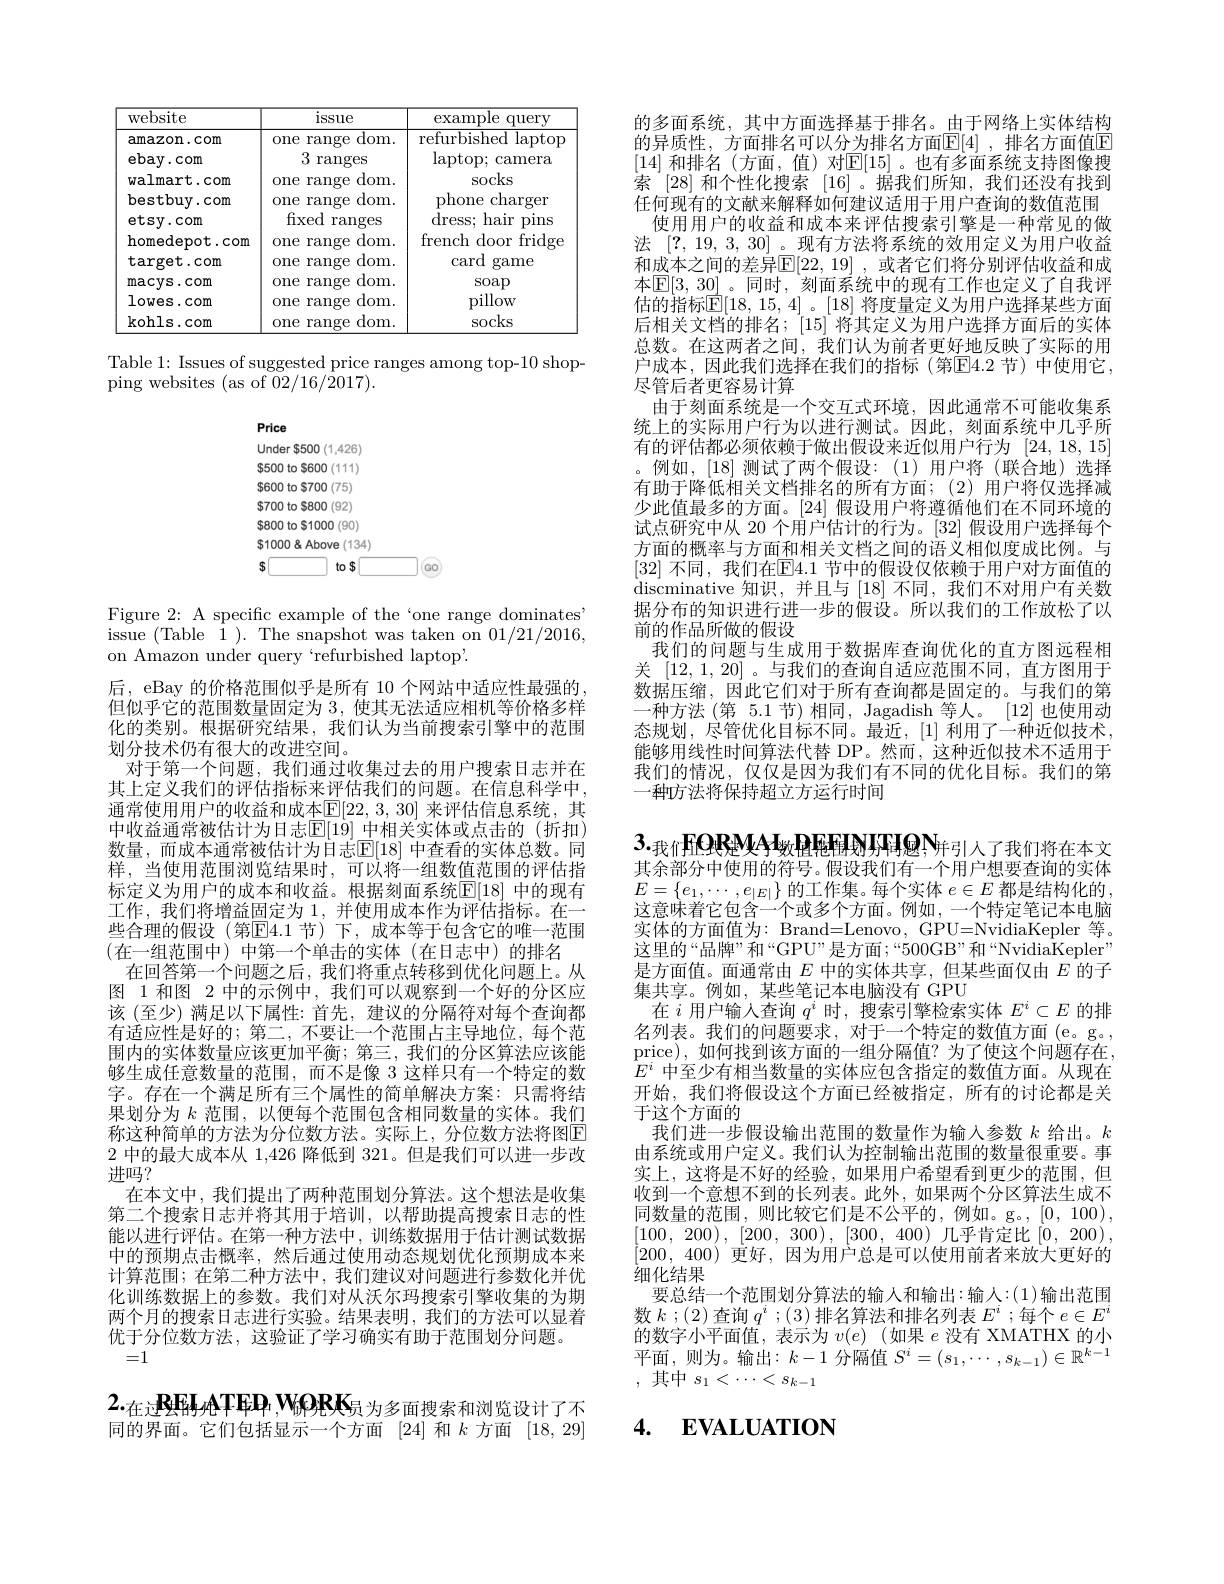
<table>
	<tbody>
		<tr>
			<th>website</th>
			<th>$\operatorname{issue}$</th>
			<th>example query</th>
		</tr>
		<tr>
			<td>amazon.com</td>
			<td>${\mathrm{~range}}$ dom. one</td>
			<td>$\overline{{\mathrm{refurbished~laptop}}}$</td>
		</tr>
		<tr>
			<td>ebay. com</td>
			<td>3 ranges</td>
			<td>$\operatorname{laptop};$ camera</td>
		</tr>
		<tr>
			<td>walmart.com</td>
			<td>${\mathrm{range}}$ $\operatorname{dom}.$ one</td>
			<td>socks</td>
		</tr>
		<tr>
			<td>bestbuy.com $\mathsf{etsy}.\mathsf{com}$</td>
			<td>one range dom. fixed ranges</td>
			<td>phone ${\mathrm{~charger}}$ T dress; hair pins</td>
		</tr>
		<tr>
			<td>homedepot.com</td>
			<td>${\mathrm{range}}$ $\operatorname{dom}.$ one</td>
			<td>french door fridge</td>
		</tr>
		<tr>
			<td>$\operatorname{target}.\operatorname{com}$</td>
			<td>one range dom. </td>
			<td>card game</td>
		</tr>
		<tr>
			<td>macys.com</td>
			<td>$0ne$ range dom. </td>
			<td>SOap</td>
		</tr>
		<tr>
			<td>lowes. com</td>
			<td>$0ne$ range dom. </td>
			<td>pillow</td>
		</tr>
		<tr>
			<td>kohls.com</td>
			<td>range dom. one</td>
			<td>socks</td>
		</tr>
	</tbody>
</table>

Table 1: Issues of suggested price ranges among top-10 shop-
ping websites (as of 02/16/2017).

<FigureHere>

Figure 2: A specific example of the‘one range dominates” $\bar{\text{issue }(\text{Table}\:\bar{1}).\text{ The snapshot was taken on }01/21/2016,}$ on Amazon under query`refurbished laptop'.

后，eBay 的价格范围似乎是所有 10 个网站中适应性最强的， 但似乎它的范围数量固定为 3, 使其无法适应相机等价格多样化的类别。根据研究结果，我们认为当前搜索引擎中的范围划分技术仍有很大的改进空间。
对于第一个问题，我们通过收集过去的用户搜索日志并在其上定义我们的评估指标来评估我们的问题。在信息科学中， 通常使用用户的收益和成本$\mathbb{E}[22,3,30]$ 来评估信息系统，其中收益通常被估计为日志$\mathbb{E}[1\dot{9}]$ 中相关实体或点击的 (折扣) 数量，而成本通常被估计为日志$\mathbb{E}[18]$ 中查看的实体总数。同样，当使用范围浏览结果时，可以将一组数值范围的评估指标定义为用户的成本和收益。根据刻面系统$\mathbb{E}[18]$ 中的现有工作，我们将增益固定为1，并使用成本作为评估指标。在一些合理的假设(第$\overline{\mathrm{E}}4.1$ 节)下，成本等于包含它的唯一范围(在一组范围中)中第一个单击的实体(在日志中)的排名
在回答第一个问题之后，我们将重点转移到优化问题上。从图 1 和图 2 中的示例中，我们可以观察到一个好的分区应该 (至少) 满足以下属性：首先，建议的分隔符对每个查询都有适应性是好的；第二，不要让一个范围占主导地位，每个范围内的实体数量应该更加平衡；第三，我们的分区算法应该能够生成任意数量的范围，而不是像 3 这样只有一个特定的数字。存在一个满足所有三个属性的简单解决方案：只需将结果划分为$k$范围，以便每个范围包含相同数量的实体。我们称这种简单的方法为分位数方法。实际上，分位数方法将图E 2中的最大成本从 1,426 降低到 321。但是我们可以进一步改进吗？
在本文中，我们提出了两种范围划分算法。这个想法是收集第二个搜索日志并将其用于培训，以帮助提高搜索日志的性能以进行评估。在第一种方法中，训练数据用于估计测试数据中的预期点击概率，然后通过使用动态规划优化预期成本来计算范围；在第二种方法中，我们建议对问题进行参数化并优化训练数据上的参数。我们对从沃尔玛搜索引擎收集的为期两个月的搜索日志进行实验。结果表明，我们的方法可以显着优于分位数方法，这验证了学习确实有助于范围划分问题。
=1

$2._\text{在过}{\mathrm{RE}}_{\mathrm{H}\text{ATED,WORK}_\text{员为多面搜索和浏览设计了不}}$ 同的界面。它们包括显示一个方面[24]和$k$方面[18,29]

的多面系统，其中方面选择基于排名。由于网络上实体结构的异质性，方面排名可以分为排名方面$\mathbb{E}[4]$ ,排名方面值E [14] 和排名(方面，值)对$\mathbb{E}[15]$。也有多面系统支持图像搜索 [28] 和个性化搜索 [16] 。据我们所知，我们还没有找到任何现有的文献来解释如何建议适用于用户查询的数值范围使用用户的收益和成本来评估搜索引擎是一种常见的做
法[?,19,3,30] 。现有方法将系统的效用定义为用户收益和成本之间的差异$\mathbb{E}[22,19]$ ,或者它们将分别评估收益和成本$\mathbb{E}[3,30]$。同时，刻面系统中的现有工作也定义了自我评估的指标$\mathbb{E}[18,15,4]$ 。[18] 将度量定义为用户选择某些方面后相关文档的排名；[15] 将其定义为用户选择方面后的实体总数。在这两者之间，我们认为前者更好地反映了实际的用户成本，因此我们选择在我们的指标(第$\overline{\mathrm{E}}4.2$ 节)中使用它， 尽管后者更容易计算
由于刻面系统是一个交互式环境，因此通常不可能收集系统上的实际用户行为以进行测试。因此，刻面系统中几乎所有的评估都必须依赖于做出假设来近似用户行为[24,18,15]
例如，[18]测试了两个假设：(1)用户将(联合地)选择有助于降低相关文档排名的所有方面；(2)用户将仅选择减少此值最多的方面。[24] 假设用户将遵循他们在不同环境的试点研究中从 20 个用户估计的行为。[32] 假设用户选择每个方面的概率与方面和相关文档之间的语义相似度成比例。与[32] 不同，我们在$\underline{\mathrm{E}}4.1$ 节中的假设仅依赖于用户对方面值的discminative 知识，并且与 [18] 不同，我们不对用户有关数据分布的知识进行进一步的假设。所以我们的工作放松了以前的作品所做的假设
我们的问题与生成用于数据库查询优化的直方图远程相关[12,1,20] 。与我们的查询自适应范围不同，直方图用于数据压缩，因此它们对于所有查询都是固定的。与我们的第一种方法(第 5.1 节)相同，Jagadish 等人。[12]也使用动态规划，尽管优化目标不同。最近，[1]利用了一种近似技术， 能够用线性时间算法代替 DP。然而，这种近似技术不适用于我们的情况，仅仅是因为我们有不同的优化目标。我们的第一种方法将保持超立方运行时间

$3._\text{我们}{\mathrm{FOReMAd}}$数且距围则分码息$\mathbb{N}_\text{并引入了我们将在本文}$ 其余部分中使用的符号。假设我们有一个用户想要查询的实体

$E=\left\{e_1,\cdots,e_{|E|}\right\}$的工作集。每个实体 $e\in E$ 都是结构化的， 这意味着它包含一个或多个方面。例如，一个特定笔记本电脑实体的方面值为：Brand=Lenovo, GPU=NvidiaKepler 等。这里的“品牌”和“GPU”是方面；“500GB”和“NvidiaKepler” 是方面值。面通常由$E$中的实体共享，但某些面仅由$E$的子集共享。例如，某些笔记本电脑没有 GPU
在$i$用户输人查询$q^i$时，搜索引擎检索实体$E^i\subset E$的排名列表。我们的问题要求，对于一个特定的数值方面(e。g。, price),如何找到该方面的一组分隔值？为了使这个问题存在$E^i$中至少有相当数量的实体应包含指定的数值方面。从现在开始，我们将假设这个方面已经被指定，所有的讨论都是关于这个方面的
我们进一步假设输出范围的数量作为输入参数$k$给出。$k$ 由系统或用户定义。我们认为控制输出范围的数量很重要。事实上，这将是不好的经验，如果用户希望看到更少的范围，但收到一个意想不到的长列表。此外，如果两个分区算法生成不同数量的范围，则比较它们是不公平的，例如。g。[0,100), [100, 200), [200, 300), [300, 400) ]几乎肯定比[0, 200), [200,400)更好，因为用户总是可以使用前者来放大更好的细化结果
要总结一个范围划分算法的输入和输出：输入：(1)输出范围数$k$ ;(2) 查询$q^i$ ;(3)排名算法和排名列表$E^i$ ;每个$e\in E^i$ 的数字小平面值，表示为$v(e)$ (如果$e$没有 XMATHX 的小可 如 , 则 为 。输 出 : $k- 1$ 分 隔 值 $S^{i}= ( s_{1}, \cdots , s_{k- 1}) \in \mathbb{R} ^{k- 1}$ 平 面 , 则 为 。输 出 : $k- 1$ 分 隔 值 $S^{i}= ( s_{1}, \cdots , s_{k- 1}) \in \mathbb{R} ^{k- 1}$ ,其中$s_1<\cdots<s_{k-1}$

# 4. $\mathbf{EVALUATION}$